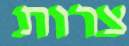
צרות